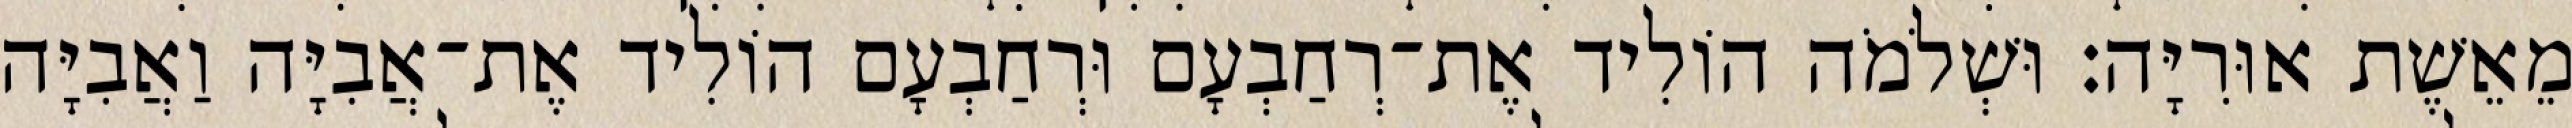
מֵאֵשֶׁת אוּרִיָּה׃ וּשְׁלֹמֹה הוֹלִיד אֶת־רְחַבְעָם וּרְחַבְעָם הוֹלִיד אֶת־אֲבִיָּה וַאֲבִיָּה